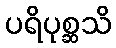
ပရိပုစ္ဆသိ